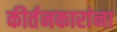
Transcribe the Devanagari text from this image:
कीर्तनकारांना